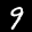
Label: 9